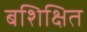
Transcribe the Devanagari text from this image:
बशिक्षित